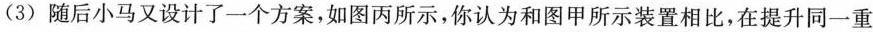
(3)随后小马又设计了一个方案，如图丙所示，你认为和图甲所示装置相比，在提升同一重